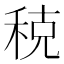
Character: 𫀲